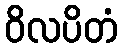
ဝိလပိတံ